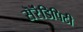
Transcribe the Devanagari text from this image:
सॆरॆंडिपिटी